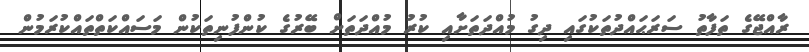
ރާއްޖޭގެ ތަފާތު ސަރަޙައްދުތަކުގައި ދިގު މުއްދަތަށާއި ކުރު މުއްދަތަށް ބޭރުގެ ކުންފުނިތަކުން މަސައްކަތްތައްކުރަމުން